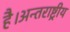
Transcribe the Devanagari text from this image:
है।अन्तराष्ट्रीय